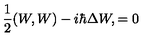
{ \frac { 1 } { 2 } } ( W , W ) - i \hbar \Delta W , = 0